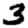
Digit: 3